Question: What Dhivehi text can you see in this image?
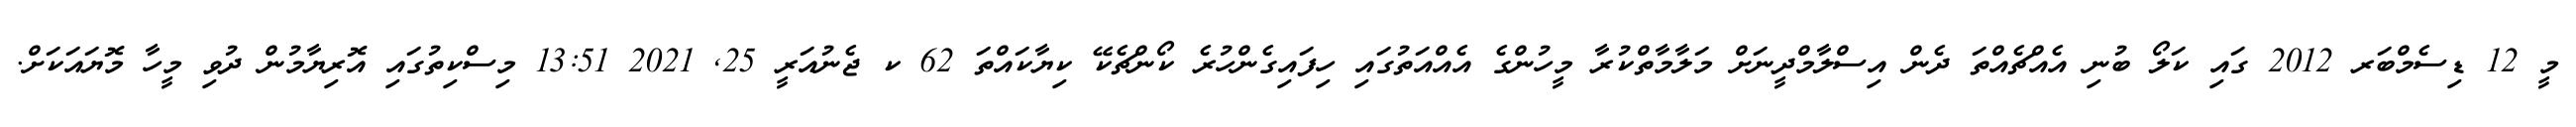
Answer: މީ 12 ޑިސެމްބަރ 2012 ގައި ކަލޯ ބުނި އެއްޗެއްތަ ދެން އިސްލާމްދީނަށް މަލާމާތްކުރާ މީހުންގެ އެއްއަތުގައި ހިފައިގެންހުރެ ކޯންޗެކޭ ކިޔާކައްތަ 62 ކ ޖެނުއަރީ 25, 2021 13:51 މިސްކިތުގައި އޮރިޔާމުން ދުވި މީހާ މޮޔައަކަށް.